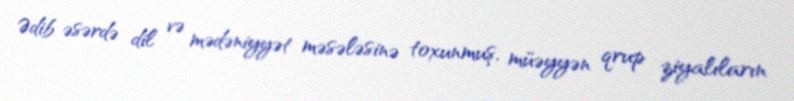
Ədib əsərdə dil və mədəniyyət məsələsinə toxunmuş, müəyyən qrup ziyalıların